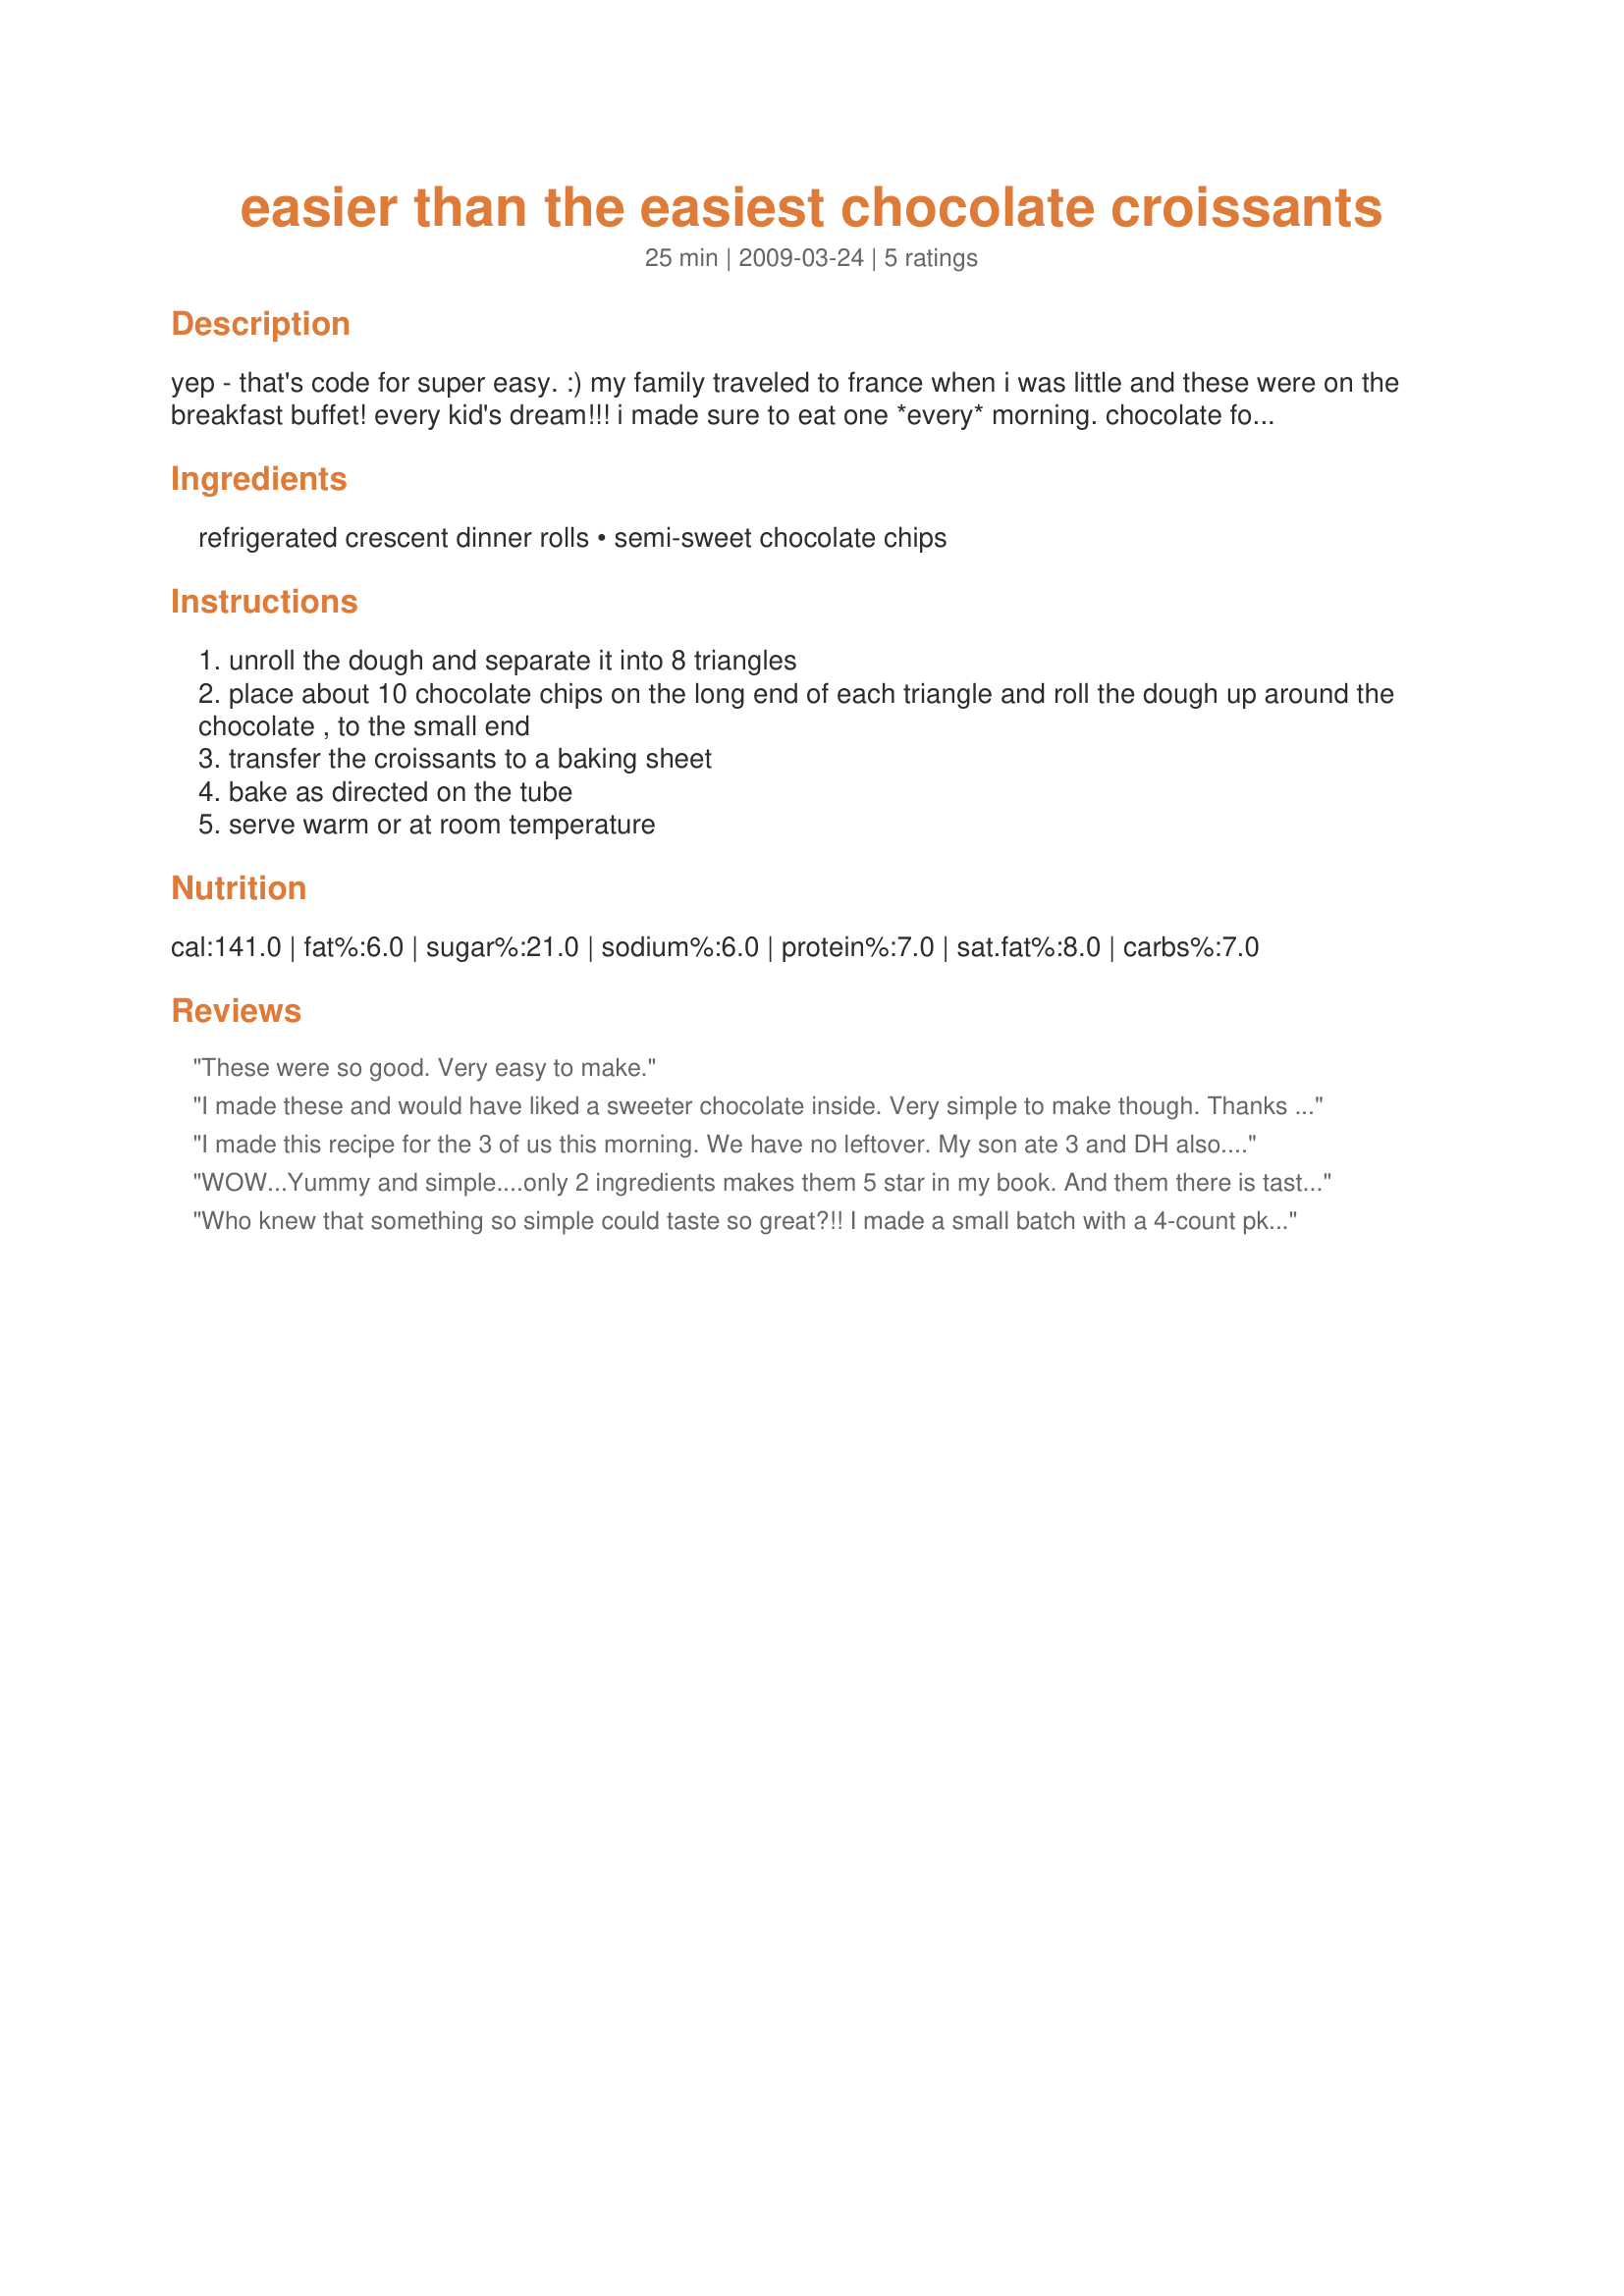
easier than the easiest chocolate croissants
Preparation time: 25 minutes

yep - that's code for super easy. :) my family traveled to france when i was little and these were on the breakfast buffet! every kid's dream!!! i made sure to eat one *every* morning. chocolate for breakfast? that is only something a kid can get away with while in a foreign country - at least in my family! now that i am a bit older, i no longer seek the adrenaline rush of breaking the breakfast routine, and i prefer to occasionally make these as a potluck contribution. enjoy!

Ingredients:
refrigerated crescent dinner rolls, semi-sweet chocolate chips

Steps:
unroll the dough and separate it into 8 triangles
place about 10 chocolate chips on the long end of each triangle and roll the dough up around the chocolate , to the small end
transfer the croissants to a baking sheet
bake as directed on the tube
serve warm or at room temperature

Reviews:
These were so good. Very easy to make.
I made these and would have liked a sweeter chocolate inside. Very simple to make though. Thanks for sharing!
I made this recipe for the 3 of us this morning. We have no leftover. My son ate 3 and DH also. I got only 2 :( Thanks Greeny :) Made for Cookbook tag game
WOW...Yummy and simple....only 2 ingredients makes them 5 star in my book. And them there is taste! I used semi-sweet morsels, as directed and that was just decadent! I did make a little glaze for the top, and I can see so many variations of this recipe. Thanks for the inspirations (and sharing :) ), Greeny4444. Made for Best of 2010 tag game.
Who knew that something so simple could taste so great?!! I made a small batch with a 4-count pkg of rolls and they were SO good. I was expecting some of the chocolate to have oozed out during baking but I didn't have that problem at all. What a wonderful and easy treat - thanks for sharing your recipe!
